Leaving Certificate Examination, 1919
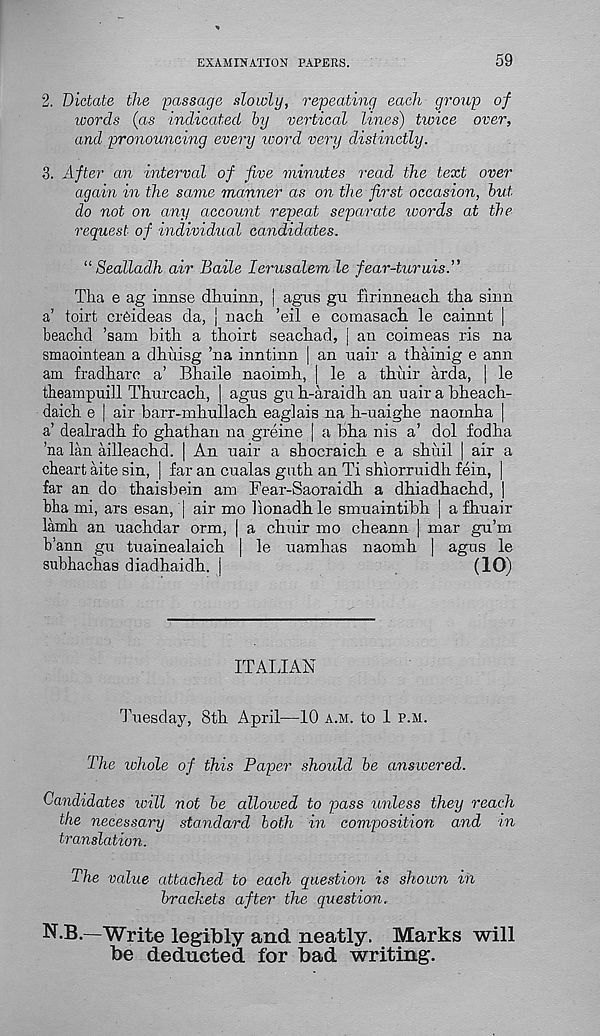
EXAMINATION PAPERS.
59
2. Dictate the passage slowly, repeating each group of
words (as indicated by vertical lines) twice over,
and pronouncing every ivord very distinctly.
3. After an interval of five minutes read the text over
again in the same manner as on the first occasion, but
do not on any account repeat separate ivords at the
request of individual candidates.
11 Sealladh air Baile lerusalem le fear-turuis."
Tlia e ag innse dim inn, | agus gu firinneach tlia sinn
a’ toirt cr6ideas da, j nach ’eil e comasach. le cainnt |
beachd ’sam bitli a thoirt seaahad, | an coimeas ris na
smaointean a dhuisg ’na inntinn | an uair a thainig e ann
am fradhare a’ Bhaile naoimh, | le a thuir arda, | le
theampuill Thurcacli, | agus gu h-araidli an uair a blieach-
daicb. e | air barr-mbullacb. eaglais na h-uaiglie naomha |
a’ dealradh. fo ghathan na greine | a bha nis a’ dol fodha
’na lan ailleaclid. | An uair a sbocraich e a sliiiil | air a
cheart aite sin, | far an cualas guth an Ti shiorruidh fein, |
far an do thaisbein am Fear-Saoraidh a dhiadhacbd, |
bha mi, ars esan, | air mo llonadh le smuaintibh | a fliuair
lamli an uachdar orm, | a chuir mo cbeann | mar gu’m
b’ann gu tuainealaicb | le uamhas naomb | agus le
subhachas diadhaidh. |
(10)
ITAIJAN
Tuesday, 8th April—10 a.m. to 1 p.m.
The whole of this Paper should be answered.
Candidates will not be allowed to pass unless they reach
the necessary standard both in composition and in
translation.
The value attached to each question is shown in
brackets after the question.
N.B.—Write legibly and neatly. Marks will
be deducted for bad writing.